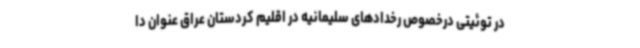
در توئیتی درخصوص رخدادهای سلیمانیه در اقلیم کردستان عراق عنوان دا